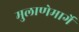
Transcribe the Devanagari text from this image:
मुलाणेमार्गे